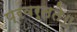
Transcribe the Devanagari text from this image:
प्रवर्तते॥